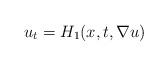
LaTeX: \begin{align*}u_t=H_1(x,t,\nabla u)\end{align*}